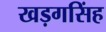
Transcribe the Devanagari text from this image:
खड़गसिंह